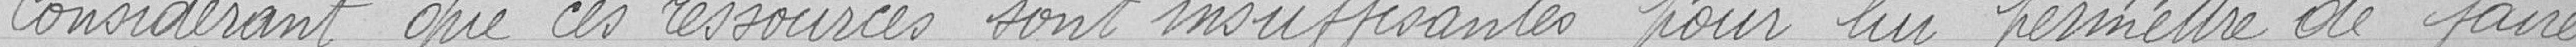
Considérant que ces ressources sont insuffisantes pour lui permettre de faire